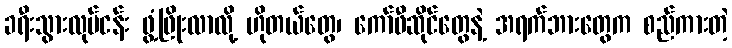
ခရီးသွားလုပ်ငန်း ဖွံ့ဖြိုးလာလို့ ဟိုတယ်တွေ၊ ကော်ဖီဆိုင်တွေနဲ့ အရက်ဘားတွေက စည်ကားတဲ့